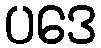
ပဒေ